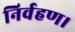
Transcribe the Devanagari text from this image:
निर्वहण।